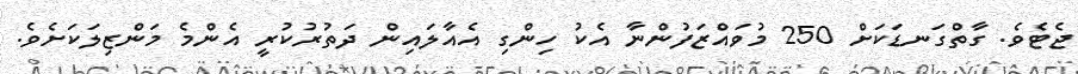
ޖެޓެވެ. ގާތްގަނޑަކަށް 250 މުވައްޒަފުންނާ އެކު ހިންގި އެއާލައިން ދަތުރުކުރީ އެންމެ މަންޒިލަކަށެވެ.